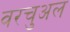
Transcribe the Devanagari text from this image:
वरचुअल